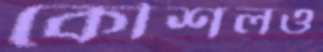
কৌশলও